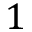
1